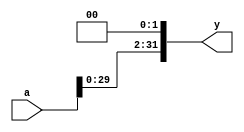
module sl2#(parameter M = 32)(input [M-1:0]a,output [M-1:0]y);//shift left 2
	assign y = {a[M-3:0],2'b00};
endmodule


module sl2_tb;

	parameter M=32;
	reg [M-1:0]a;
	wire [M-1:0]y;
	
	sl2 #(M)DUT(.a(a),.y(y));
	
	initial
	begin
		a = 4;#1;
		$display("%d",y);#1;
		
		a = 8;#1;
		$display("%d",y);#1;
		
		a = 32;#1;
		$display("%d",y);#1;
	end

endmodule